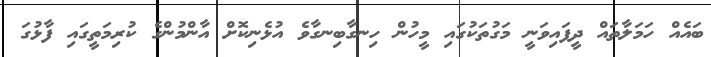
ބައެއް ހަމަލާތައް ދީފައިވަނީ މަގުތަކުގައި މީހުން ހިނގާބިނގާވެ އުޅެނިކޮށް އާންމުންގެ ކުރިމަތީގައި ފާޅުގަ